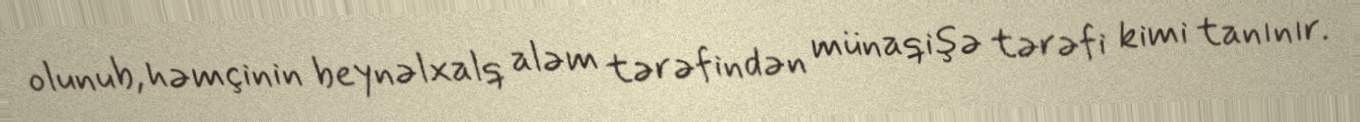
olunub, həmçinin beynəlxalq aləm tərəfindən münaqişə tərəfi kimi tanınır.